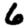
Digit: 6